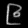
Digit: ၉